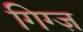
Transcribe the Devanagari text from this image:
गिग्ज़